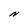
Character: N